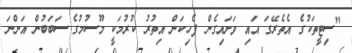
"ސިޓީތަކުގެ އެތެރޭގަ އައި ވަށައިގެން ފެހިކަން އިތުރު ކުރުމަކީ މޫސުމުގެ ސަބަބުން އަންނަ